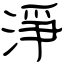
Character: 淨